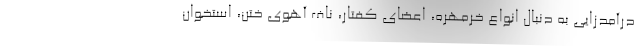
درآمدزایی به دنبال انواع خرمهره، اعضای کفتار، ناف آهوی ختن، استخوان